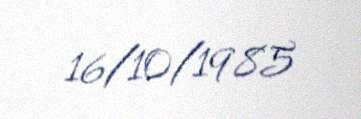
16/10/1985